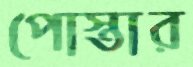
পোস্তার